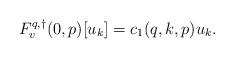
LaTeX: \begin{align*}F^{q,\dagger}_v(0,p)[u_k] = c_1(q,k,p)u_k.\end{align*}